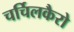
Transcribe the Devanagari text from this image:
चर्चिलकैरो